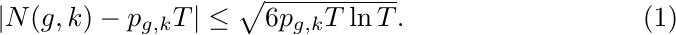
\begin{equation}\label{eq:within-conf}
|N(g,k)-p_{g,k}T| \leq \sqrt{6p_{g,k}T\ln T}.
\end{equation}